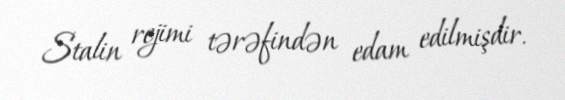
Stalin rejimi tərəfindən edam edilmişdir.